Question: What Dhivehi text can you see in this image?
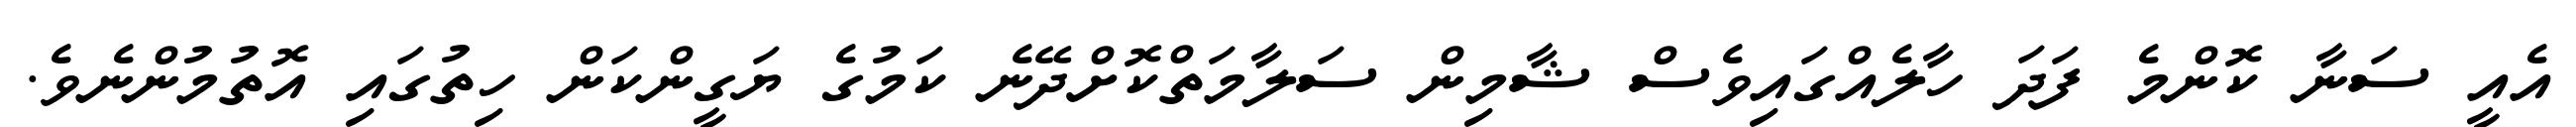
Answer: އެއީ ސަނާ ކޮންމެ ފަދަ ހާލެއްގައިވެސް ޝާމިން ސަލާމަތްކޮށްދޭނެ ކަމުގެ ޔަގީންކަން ހިތުގައި އޮތުމުންނެވެ.